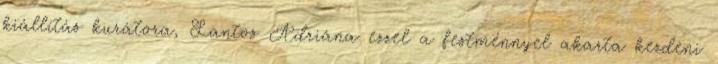
kiállítás kurátora, Lantos Adriána ezzel a festménnyel akarta kezdeni